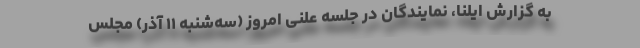
به گزارش ایلنا، نمایندگان در جلسه علنی امروز (سه‌شنبه ۱۱ آذر) مجلس